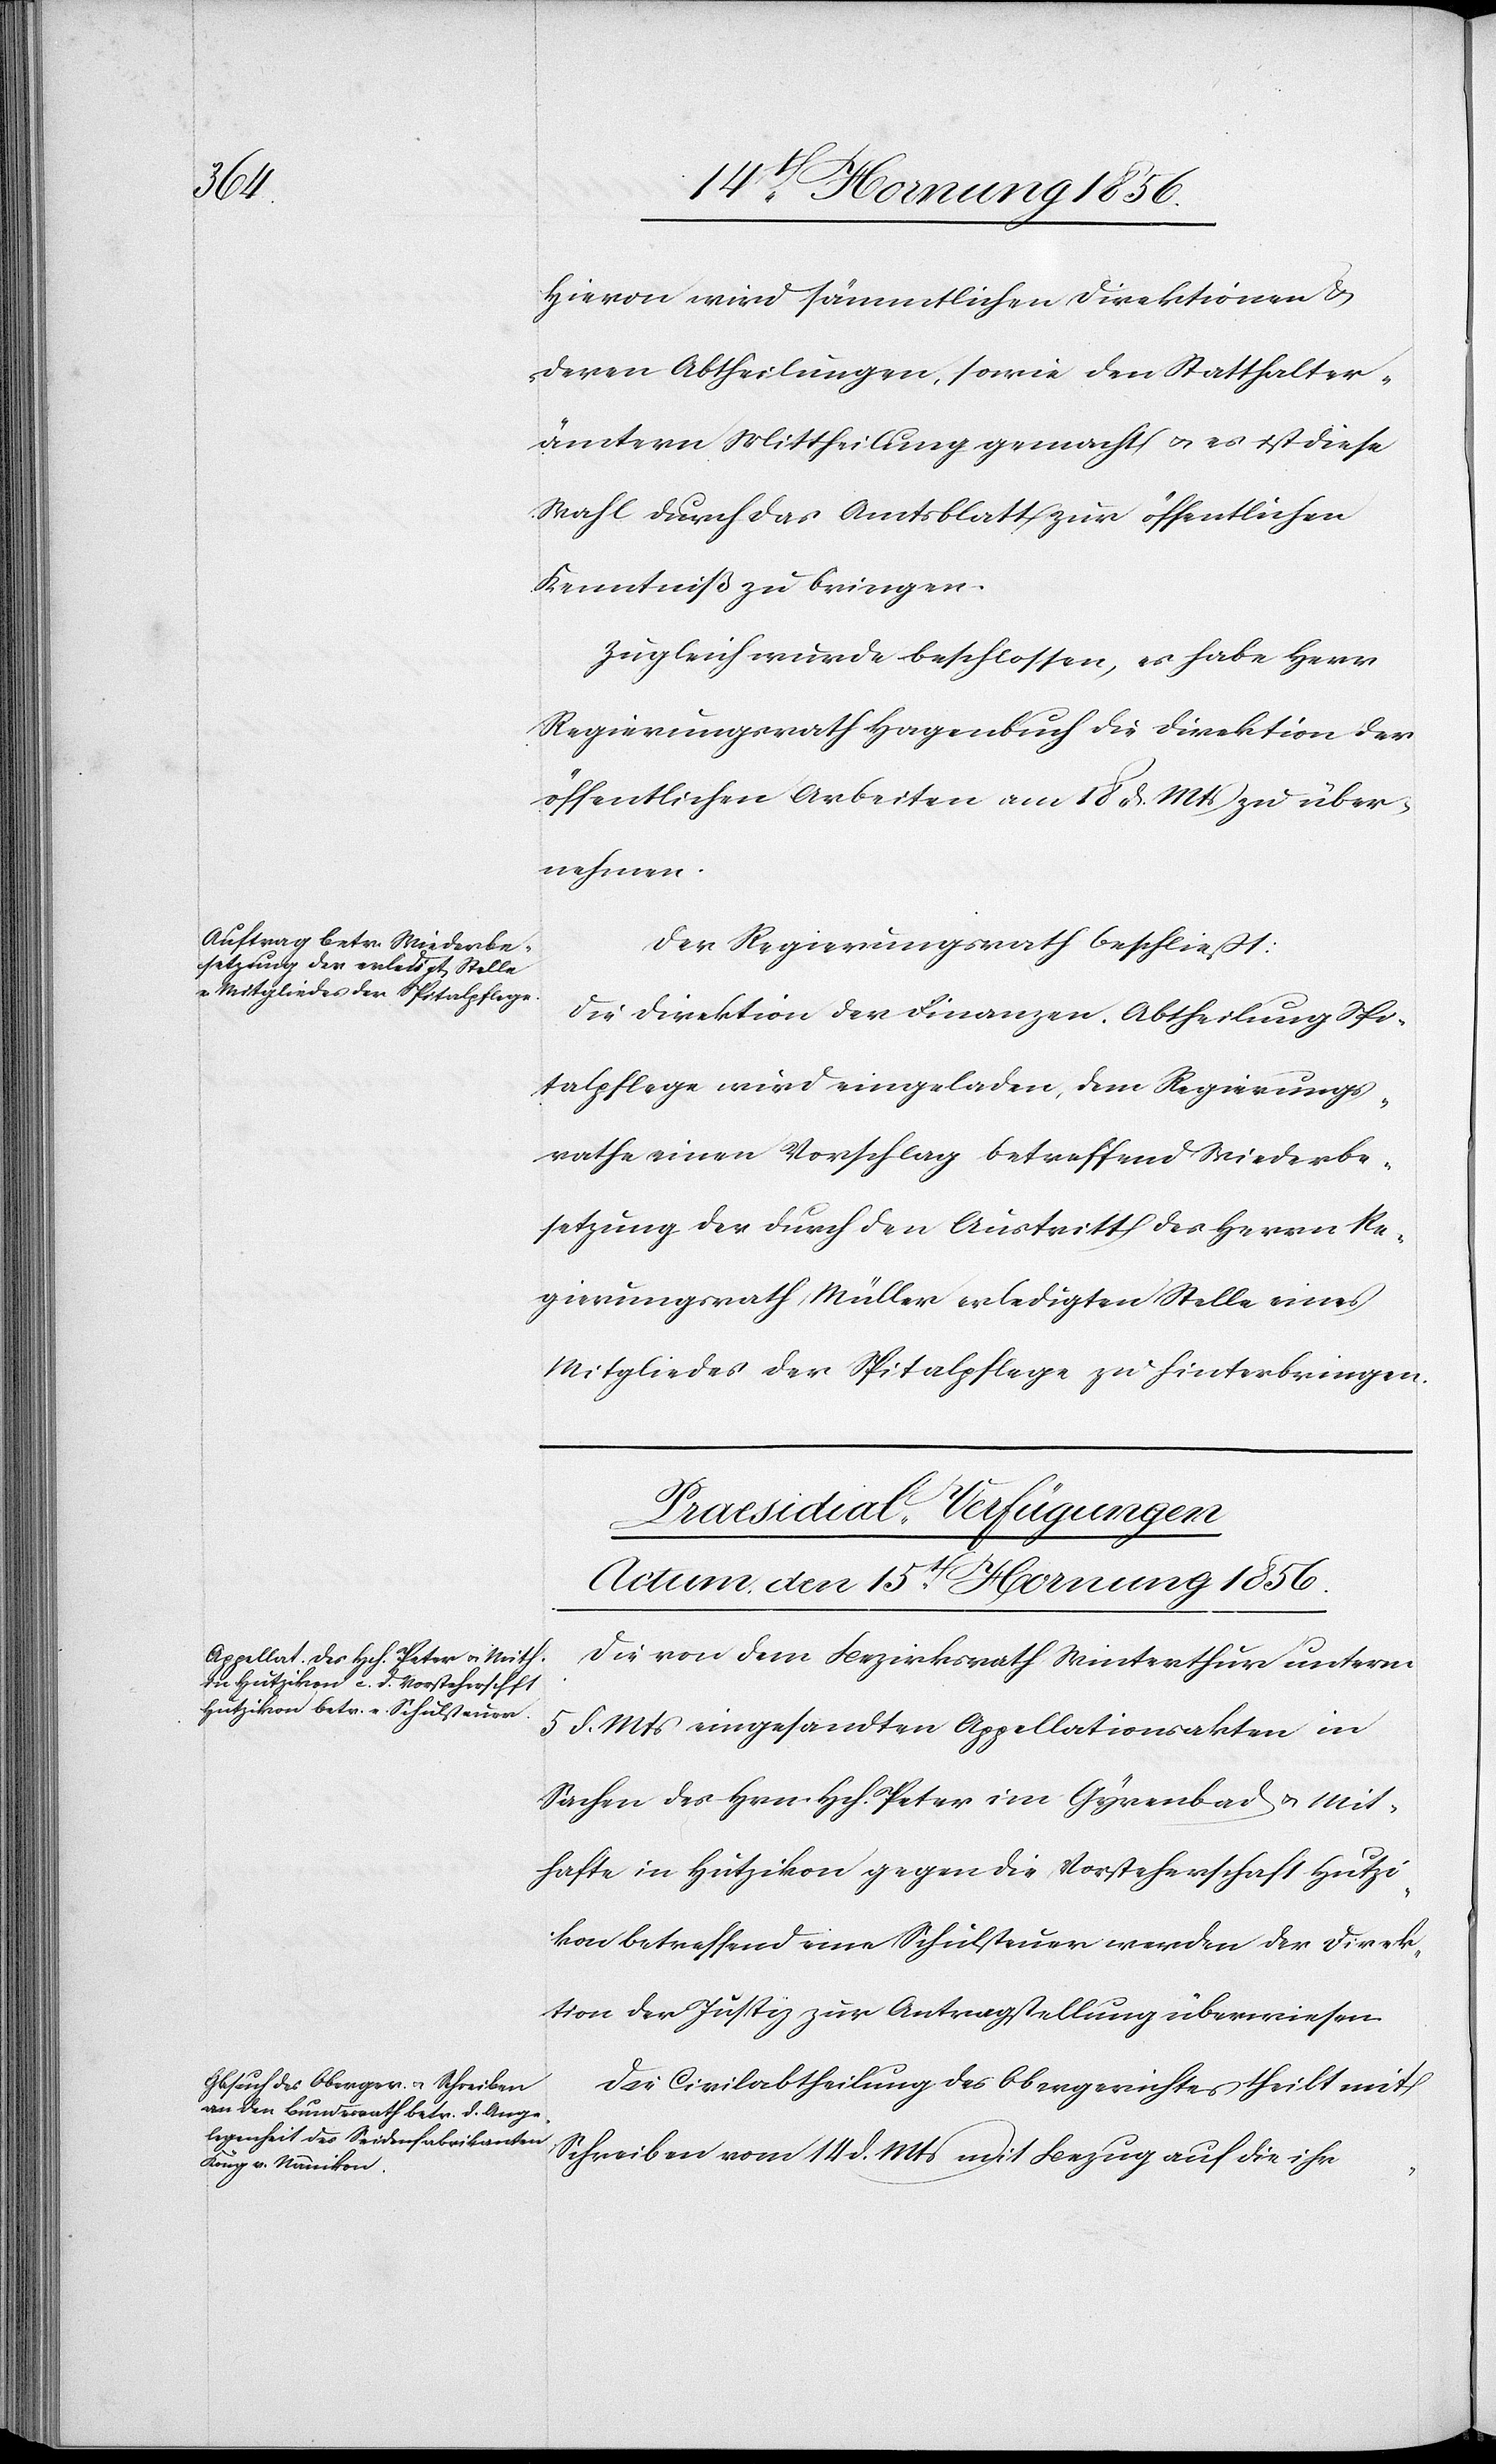
Hievon wird sämmtlichen Direktionen &
deren Abtheilungen, sowie den Statthalter¬
ämtern Mittheilung gemacht u. es ist diese
Wahl durch das Amtsblatt zur öffentlichen
Kenntniß zu bringen.
Zugleich wurde beschlossen, es habe Herr
Regierungsrath Hagenbuch die Direktion der
öffentlichen Arbeiten am 18 d. Mts zu über¬
nehmen.
Der Regierungsrath beschließt:
Die Direktion der Finanzen. Abtheilung Spi¬
talpflege wird eingeladen, dem Regierungs¬
rathe einen Vorschlag betreffend Wiederbe¬
setzung der durch den Austritt des Herrn Re¬
gierungsrath Müller erledigten Stelle eines
Mitgliedes der Spitalpflege zu hinterbringen.
[Praesidial-Verfügungen
Actum, den 15t Hornung 1856.]
Die von dem Bezirksrath Winterthur unterm
5 d. Mts eingesandten Appellationsakten in
Sachen des Hrn. Hch. Peter im Gyrenbad u. Mit¬
hafte in Hutzikon gegen die Vorsteherschaft Hutzi¬
kon betreffend eine Schulsteuer werden der Direk¬
tion der Justiz zur Antragstellung überwiesen.
Die Civilabtheilung des Obergerichtes theilt mit
Schreiben vom 14 d. Mts mit Bezug auf die ihr